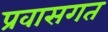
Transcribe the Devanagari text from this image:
प्रवासगत